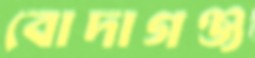
বোদাগঞ্জ